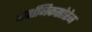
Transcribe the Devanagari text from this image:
दार्शनिकसोरेन